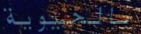
بالحيوية